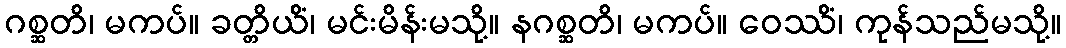
ဂစ္ဆတိ၊ မကပ်။ ခတ္တိယိံ၊ မင်းမိန်းမသို့။ နဂစ္ဆတိ၊ မကပ်။ ဝေဿိံ၊ ကုန်သည်မသို့။